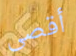
أقصى